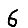
Digit: 6